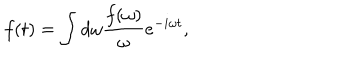
LaTeX: f ( t ) = \int { d \omega { \frac { f ( \omega ) } { \omega } } e ^ { - i \omega t } } ,